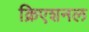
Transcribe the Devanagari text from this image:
क्रिएशनल